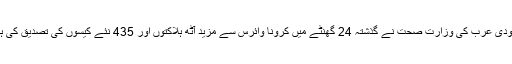
سعودی عرب کی وزارت صحت نے گذشتہ 24 گھنٹے میں کرونا وائرس سے مزید آٹھ ہلاکتوں اور 435 نئے کیسوں کی تصدیق کی ہے۔